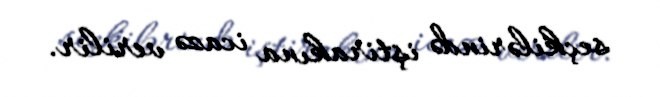
seçkilərində iştirakına icazə verilir.